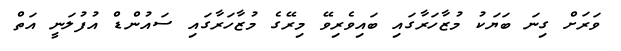
ވަރަށް ގިނަ ބަޔަކު މުޒާހަރާގައި ބައިވެރިވޭ މިރޭގެ މުޒާހަރާގައި ސައުންޑް އުފުލަނީ އަތް